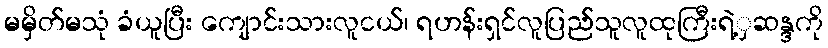
မမှိတ်မသုံ ခံယူပြီး ကျောင်းသားလူငယ်၊ ရဟန်းရှင်လူပြည်သူလူထုကြီးရဲ့ှဆန္ဒကို